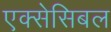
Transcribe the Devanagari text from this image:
एक्सेसिबल